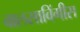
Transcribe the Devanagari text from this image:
वालसाविंगीस